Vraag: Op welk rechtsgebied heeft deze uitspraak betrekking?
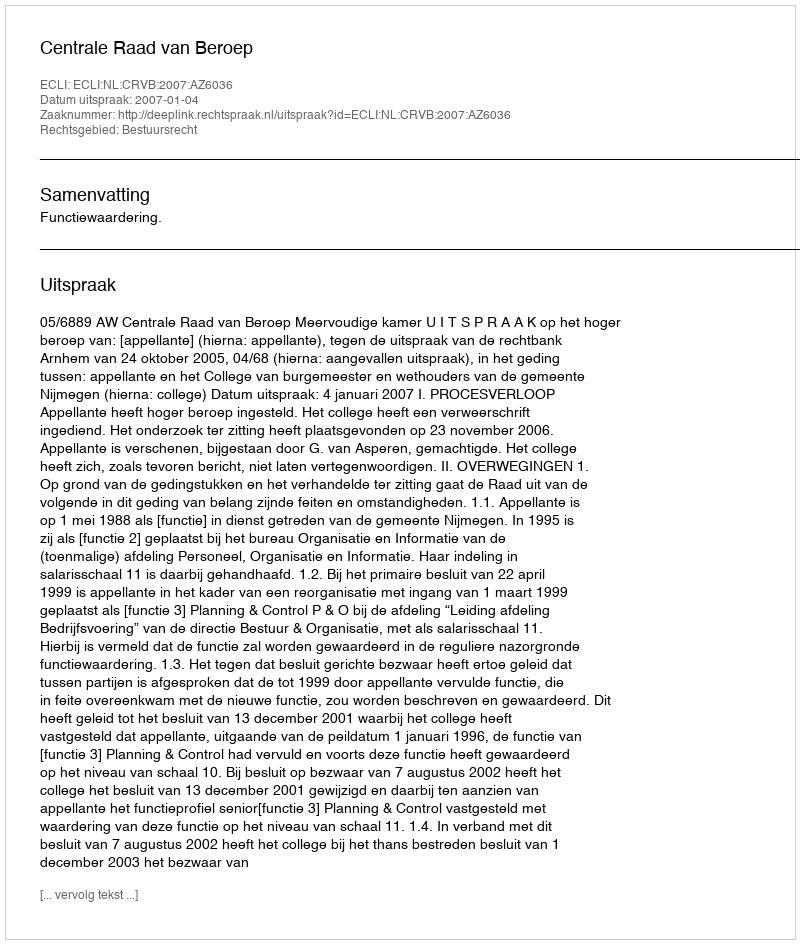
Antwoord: Bestuursrecht